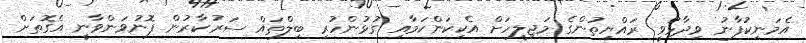
އެމަނިކުފާނު ވިދާޅުވީ ރައްޔިތުންގެ މަޖިލީހަށް އެކިކަންކަމާއި ގުޅުންހުރި ބިލްތައް ސަރުކާރުން ފޮނުވަންވާނީ އެގޮތަށް